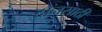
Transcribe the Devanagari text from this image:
दोनसाठी